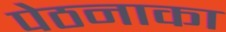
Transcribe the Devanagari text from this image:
पेठनाका